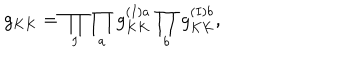
g _ { K K } = \prod _ { I } \prod _ { a } g _ { K K } ^ { ( I ) a } \prod _ { b } g _ { K K } ^ { ( I ) b } ,